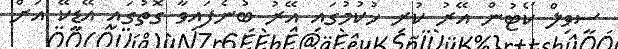
ސިވިލް ކޯޓުން އޭރު ކުރި ހުކުމުގައި އޭރު ބުނެފައިވާ ގޮތުގައި އޭޑީކޭ އަށް